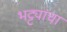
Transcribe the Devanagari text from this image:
भट्ट्यांचा